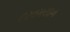
દરવમયાન